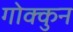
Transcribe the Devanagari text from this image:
गोक्कुन